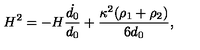
H ^ { 2 } = - H \frac { \dot { d _ { 0 } } } { d _ { 0 } } + \frac { \kappa ^ { 2 } ( \rho _ { 1 } + \rho _ { 2 } ) } { 6 d _ { 0 } } ,